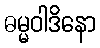
ဓမ္မဝါဒိနော